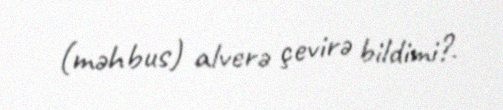
(məhbus) alverə çevirə bildimi?.